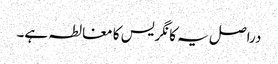
دراصل یہ کانگریس کا مغالطہ ہے۔